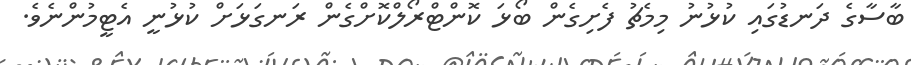
ބާސާގެ ދަނޑުގައި ކުޅުނު މިމެޗު ފެށިގެން ބޯޅަ ކޮންޓްރޯލްކޮށްގެން ރަނގަޅަށް ކުޅުނީ އެޓީމުންނެވެ.